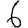
Digit: 6